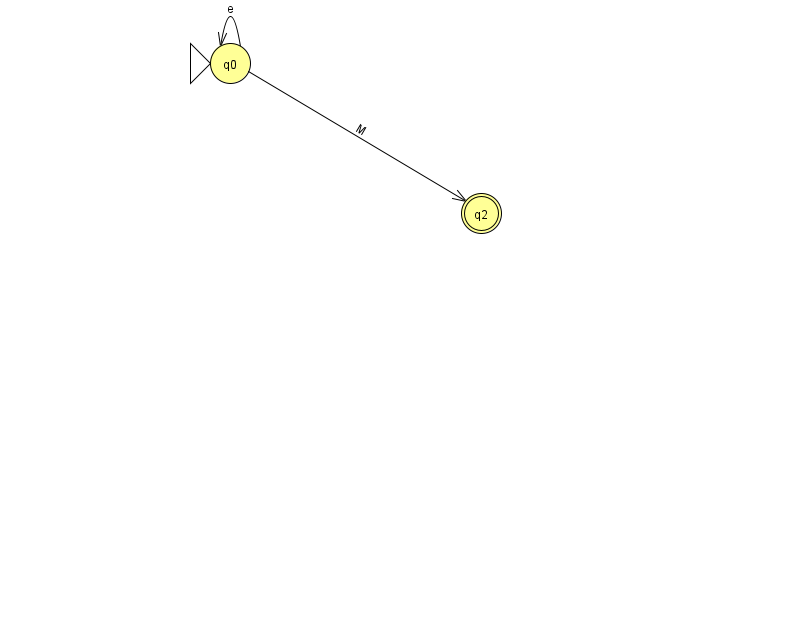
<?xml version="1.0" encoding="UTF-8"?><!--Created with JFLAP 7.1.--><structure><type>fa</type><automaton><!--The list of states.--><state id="0" name="q0"><x>230.0</x><y>50.0</y><initial/></state><state id="2" name="q2"><x>481.0</x><y>200.0</y><final/></state><!--The list of transitions.--><transition><from>0</from><to>0</to><read>e</read></transition><transition><from>0</from><to>2</to><read>M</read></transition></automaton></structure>